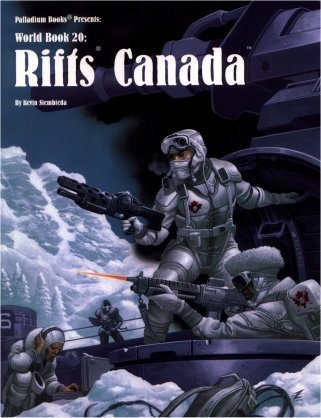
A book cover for Rifts World Book 20: Canada; Kevin Siembieda; Sports & Outdoors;